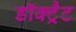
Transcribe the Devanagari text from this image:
डॉक्ट्रैट